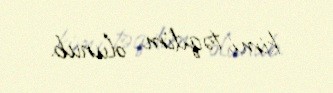
kimi təqdim olunub.